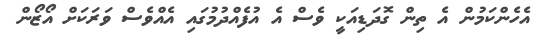
އެހެންކަމުން އެ ތިން ގޮދަޑިއަކީ ވެސް އެ އުފެއްދުމުގައި އެއްވެސް ވަރަކަށް އޯޒޯން